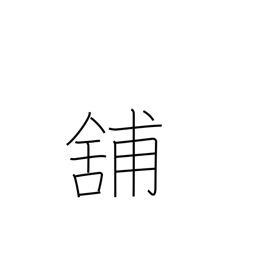
Meaning: store